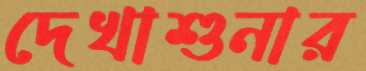
দেখাশুনার